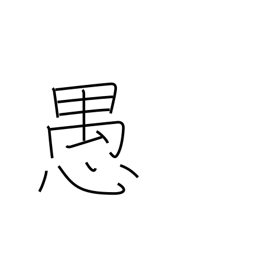
Meaning: folly